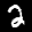
Label: 2